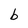
Character: b